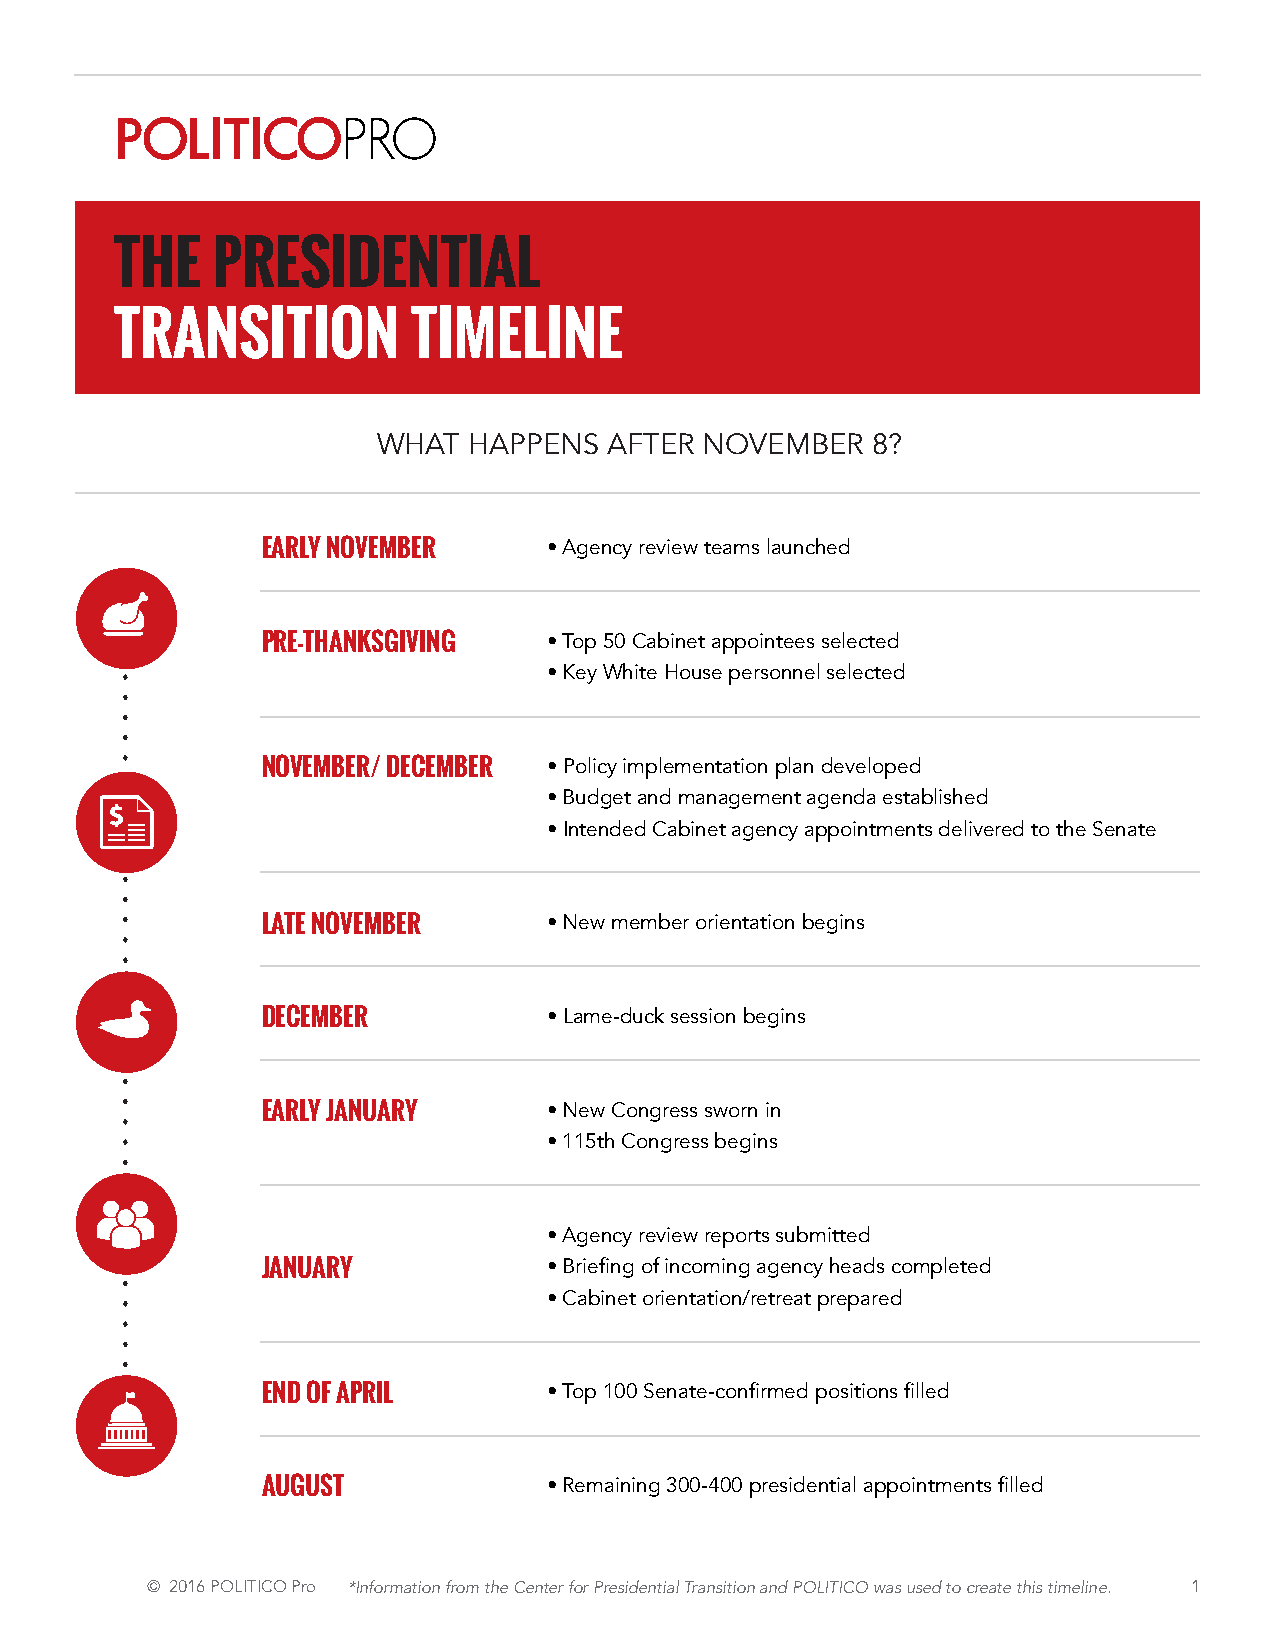
T2H0E17 P PRREESSIDIDEENNTTIAIALL
 THE   PRESIDENTIAL
 TTRRAANNSSIITTIIOONN CTIHMEECLKINLIEST
 TRANSITION         ROADMAP
 WHAT  HAPPENS  AFTER  NOVEMBER   8?
 WHAT  HAPPENS  AFTER NOVEMBER    8?
 The presidential transition process
 PRE-ELECTION TASKS:
 is a major undertaking. Transition
 teams for major E c Aa Rn Ld Yid Na Ote V a Er Me BER • AD ge ev ne cl yo p re vp iero wfi tle eas mo sf lt ara unn cs hit eio dn teams’ leadership
 responsible for t he plan and prepare
 Outline major policy promises of presidential candidates
 for their candidate to smoothly begin
 governance justP aR fEe-TwH sAhNorKt SmGoIVntIhNsG • TMopo n5i0to Cr aebainrleyt faepdpeorianlt eaegse snecleyc rteevdi ew plans
 • Key White House personnel selected
 after Election Day.          Begin shortlists of presidential appointment candidates
 Review transition team budget preparations
 For many in Washington, it is crucial
 NOVEMBER/ DECEMBER • Policy implementation plan developed
 to follow every step of the presidential
 • Budget and management agenda established
 transition from beginning to end. • Intended Cabinet agency appointments delivered to the Senate
 That’s why we’ve created the 2017
 POST-ELECTION TO INAUGURATION:
 Presidential Tran sition Checklist to
 LATE NOVEMBER      • New member orientation begins
 help you track the major milestones Compile President-elect’s agency review reports
 of the transition process. Check off
 Update shortlists of presidential appointment candidates
 the box as you complete each task
 DECEMBER           • Lame-duck session begins
 and you’ll be one-hundred percent Expand summary of incoming administration’s policy priorities
 prepared for Transition 2017.
 Enhance summary of new administration’s budget preparation
 EARLY JANUARY      • New Congress sworn in
 • 115th Congress begins
 TH• EA gFeInRcyS rTe v1ie0w0 re DpoArYtsS su:bmitted
 JANUARY            • Briefing of incoming agency heads completed
 Profile incoming head of each new federal agency
 • Cabinet orientation/retreat prepared
 Profile Key Cabinet and White House appointments
 END OF APRIL       • TTorapc 1k0 S0e Sneantaet-ec-oconnfifrirmmaetdio pno osift iroenms afiillneidn g appointments
 Monitor early policy implementation and budget agenda
 AUGUST             • Remaining 300-400 presidential appointments filled
 ©© 22001166 PPOOLLIITTIICCOO PPrroo ** II nn ff oo rr mm aa tt ii oo nn ff rr oo mm tt hh ee CC ee nn tt ee ©rr f f o2o r0r P1P r6r e e Pss iOdid eLe nIn Ttt IiaCia lO l TT r r Paa nrn oss itit ioio nn a a nn dd P P OO LL ITIT ICIC OO w w aa ss u u ss ee dd t oto c c rere aa tete t hth isis t it mim ee lil nin ee . . 1